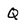
Character: Q